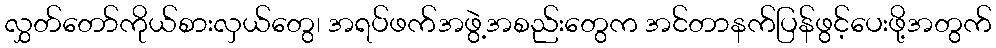
လွှတ်တော်ကိုယ်စားလှယ်တွေ၊ အရပ်ဖက်အဖွဲ့အစည်းတွေက အင်တာနက်ပြန်ဖွင့်ပေးဖို့အတွက်